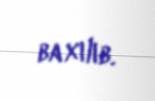
baxılıb.